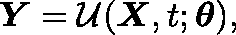
\mathbf { \boldsymbol { Y } } = \mathcal { U } ( \mathbf { \boldsymbol { X } } , t ; \mathbf { \boldsymbol { \theta } } ) ,